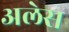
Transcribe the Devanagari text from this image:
अलेस